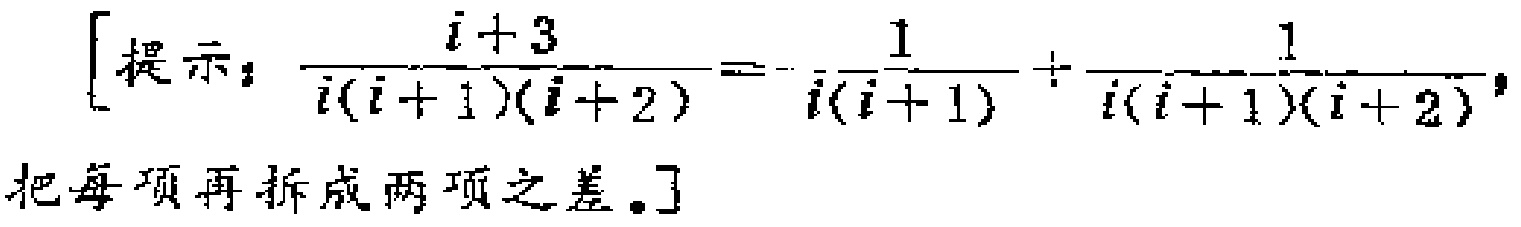
\[
\left[提示：\frac{i + 3}{i(i + 1)(i + 2)}=-\frac{1}{i(i + 1)}+\frac{1}{i(i + 1)(i + 2)}，\\
把每项再拆成两项之差。\right]
\]